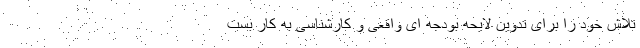
تلاش خود را برای تدوین لایحه بودجه ای واقعی و کارشناسی به کار بست